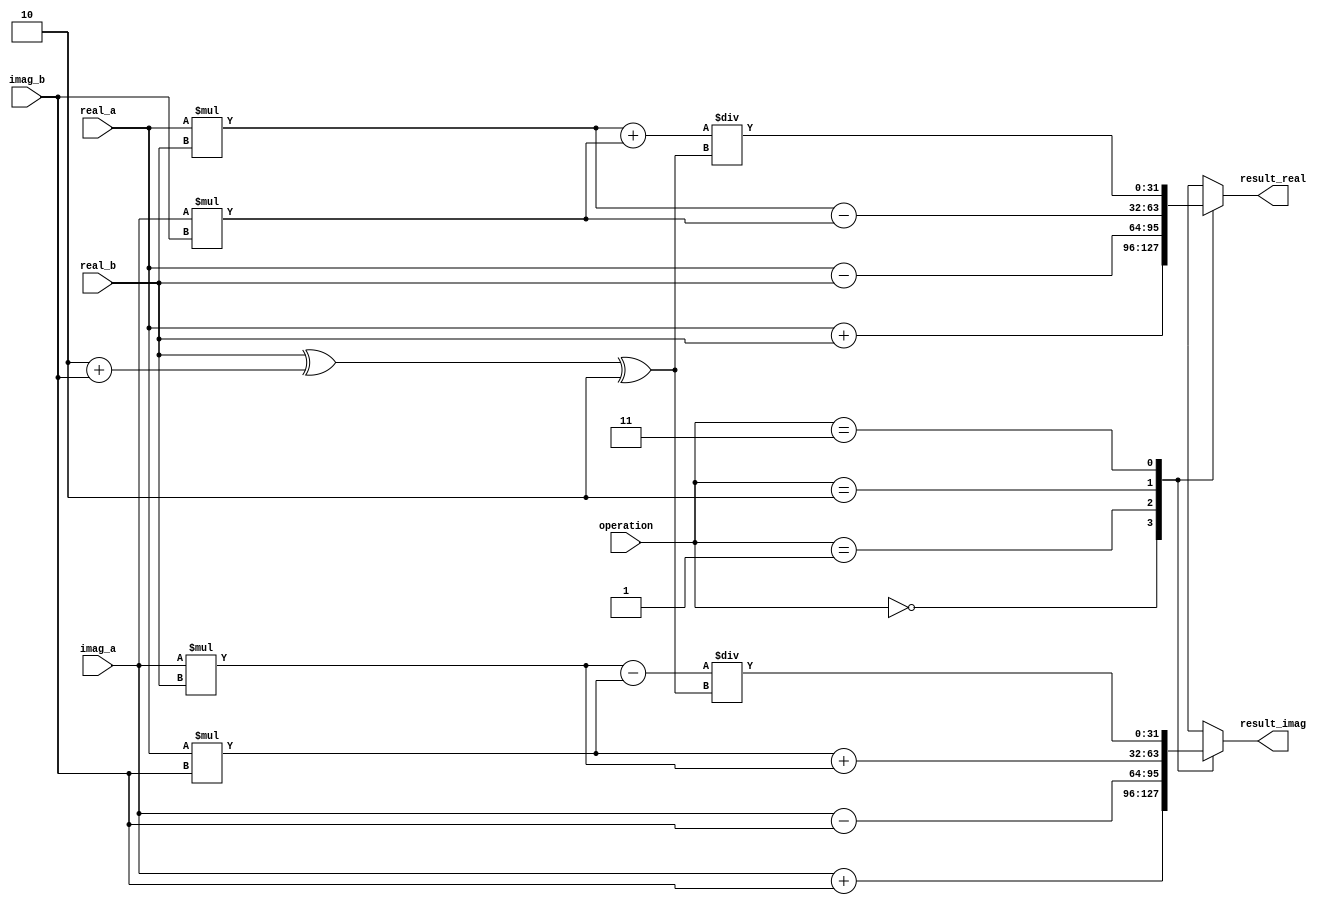
module Complex_ALU (
    input [31:0] real_a, // Input real part of operand A
    input [31:0] imag_a, // Input imaginary part of operand A
    
    input [31:0] real_b, // Input real part of operand B
    input [31:0] imag_b, // Input imaginary part of operand B
    
    input [1:0] operation, // Control signal for selecting operation
                           // 00: Addition
                           // 01: Subtraction
                           // 10: Multiplication
                           // 11: Division
    
    output reg [31:0] result_real, // Output real part of the result
    output reg [31:0] result_imag // Output imaginary part of the result
);

always @*
begin
    case(operation)
        2'b00: // Addition
        begin
            result_real <= real_a + real_b;
            result_imag <= imag_a + imag_b;
        end
        
        2'b01: // Subtraction
        begin
            result_real <= real_a - real_b;
            result_imag <= imag_a - imag_b;
        end
        
        2'b10: // Multiplication
        begin
            result_real <= (real_a * real_b) - (imag_a * imag_b);
            result_imag <= (real_a * imag_b) + (imag_a * real_b);
        end
        
        2'b11: // Division
        begin
            result_real <= (real_a * real_b + imag_a * imag_b) / (real_b^2 + imag_b^2);
            result_imag <= (imag_a * real_b - real_a * imag_b) / (real_b^2 + imag_b^2);
        end
        
        default:
        begin
            result_real <= 0;
            result_imag <= 0;
        end
    endcase
end

endmodule